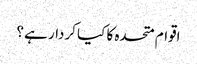
اقوام متحدہ کا کیا کردار ہے ؟